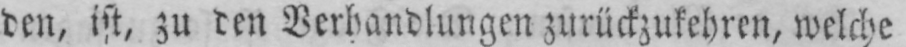
den, ist, zu den Verhandlungen zurückzukehren, welche